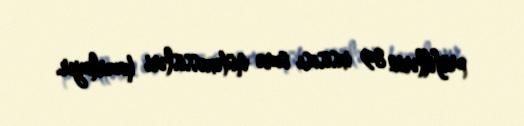
profillərin 89 ixsisası üzrə mütəxəssisləri hazırlayır.